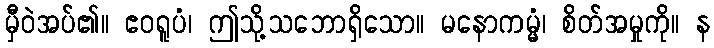
မှီဝဲအပ်၏။ ဧဝရူပံ၊ ဤသို့သဘောရှိသော။ မနောကမ္မံ၊ စိတ်အမှုကို။ န